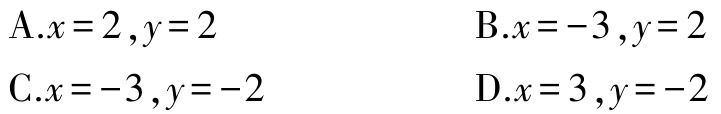
A.$x = 2,y = 2$

B.$x = - 3,y = 2$

C.$x = - 3,y = - 2$

D.$x = 3,y = - 2$